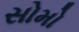
સોમો